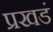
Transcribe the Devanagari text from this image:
प्रखडं